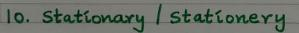
10. Stationary / Stationery